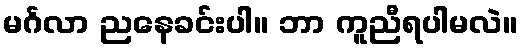
မင်္ဂလာ ညနေခင်းပါ။ ဘာ ကူညီရပါမလဲ။